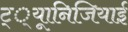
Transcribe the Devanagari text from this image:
ट््यूानिजियाई